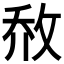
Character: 𰕈